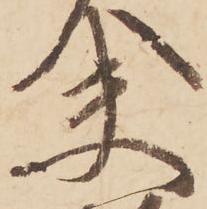
夫